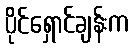
ပိုင်ရှောင်ချန်းက